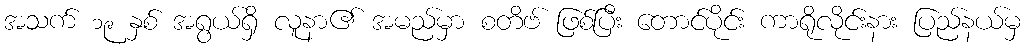
အသက် ၁၉ နှစ် အရွယ်ရှိ လူနာ၏ အမည်မှာ စတိဗ် ဖြစ်ပြီး တောင်ပိုင်း ကာရိုလိုင်းနား ပြည်နယ်မှ